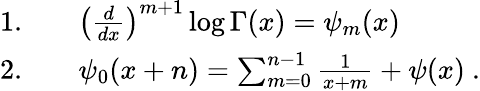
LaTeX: \begin{array}{rl}{\mathrm{1.}\quad}&{{}\left(\frac{d}{dx}\right)^{m+1}\log\Gamma(x)=\psi_{m}(x)}\\ {\mathrm{2.}\quad}&{{}\psi_{0}(x+n)=\sum_{m=0}^{n-1}\frac{1}{x+m}+\psi(x)~.}\end{array}